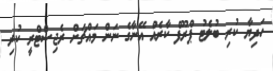
ހަދިޔާ ކުރި ބުލެޓު ޕްރޫފް ކާރެއް އޭނާގެ ނަން މައްޗަށް ރެޖިސްޓްރީ ކުރި